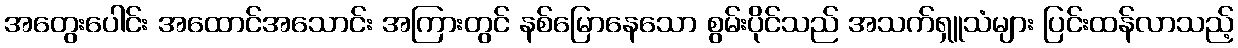
အတွေးပေါင်း အထောင်အသောင်း အကြားတွင် နစ်မြောနေသော စွမ်းပိုင်သည် အသက်ရှူသံများ ပြင်းထန်လာသည့်